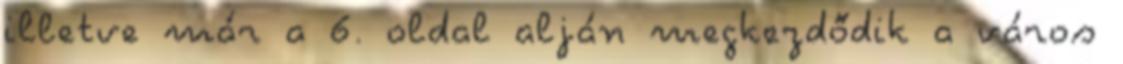
illetve már a 6. oldal alján megkezdődik a város